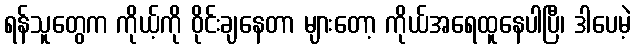
ရန်သူတွေက ကိုယ့်ကို ဝိုင်းချနေတာ များတော့ ကိုယ်အရေထူနေပါပြီ၊ ဒါပေမဲ့